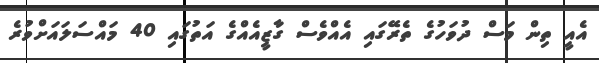
އެއީ ތިން މަސް ދުވަހުގެ ތެރޭގައި އެއްވެސް ގާޒީއެއްގެ އަތުގައި 40 މައްސަލައަށްވުރެ